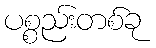
ပစ္စည်းတစ်ခု